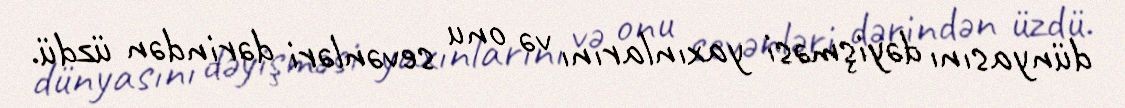
dünyasını dəyişməsi yaxınlarını və onu sevənləri dərindən üzdü.